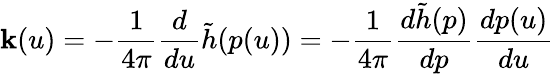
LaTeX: \mathbf{k}(u)=-\frac{{1}}{{4\pi}}\frac{{d}}{{du}}\tilde{{h}}(p(u))=-\frac{{1}}{{4\pi}}\frac{{d\tilde{{h}}(p)}}{{dp}}\frac{{dp(u)}}{{du}}